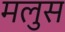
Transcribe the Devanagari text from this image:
मलुस